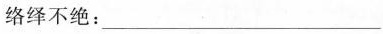
络绎不绝：